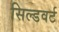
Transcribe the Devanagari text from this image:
सिल्डवर्ट